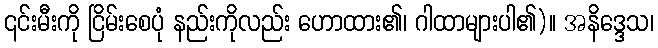
၎င်းမီးကို ငြိမ်းစေပုံ နည်းကိုလည်း ဟောထား၏၊ ဂါထာများပါ၏)။ အနိဒ္ဒေသ၊